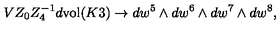
V Z _ { 0 } Z _ { 4 } ^ { - 1 } d \mathrm { v o l } ( K 3 ) \to d w ^ { 5 } \wedge d w ^ { 6 } \wedge d w ^ { 7 } \wedge d w ^ { 8 } ,